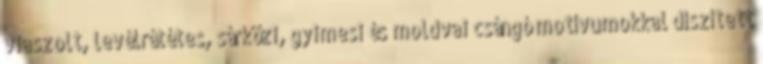
viaszolt, levélrátétes, sárközi, gyimesi és moldvai csángó motívumokkal díszített